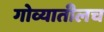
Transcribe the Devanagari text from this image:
गोव्यातीलच